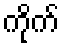
ကိုက်